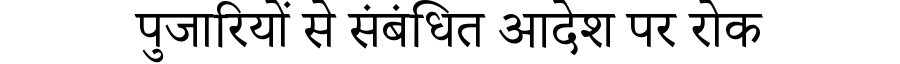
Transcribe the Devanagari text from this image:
पुजारियों से संबंधित आदेश पर रोक